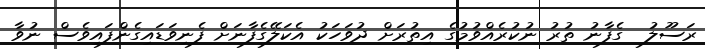
ރަސޫލު  ގެފާނު ތުރު ނުކުރެއްވުމުގެ އިތުރަށް ދުވަހަކު އެކަލޭގެފާނަށް ފެނިވަޑައިގެންފައިވެސް ނުވާ